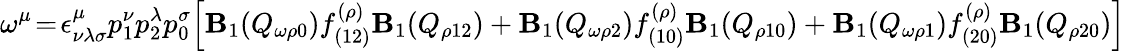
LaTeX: \omega^{\mu}\! =\! \epsilon_{\nu\lambda\sigma}^{\mu}p_{1}^{\nu}p_{2}^{\lambda}p_{0}^{\sigma}\Bigl[\mathbf{B}_{1}(Q_{\omega\rho0})f_{(12)}^{(\rho)}\mathbf{B}_{1}(Q_{\rho12})+\mathbf{B}_{1}(Q_{\omega\rho2})f_{(10)}^{(\rho)}\mathbf{B}_{1}(Q_{\rho10})+\mathbf{B}_{1}(Q_{\omega\rho1})f_{(20)}^{(\rho)}\mathbf{B}_{1}(Q_{\rho20})\Bigr]